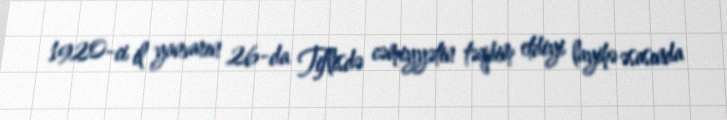
1920-ci il yanvarın 26-da Tiflisdə cəmiyyətin təqdim etdiyi layihə əsasında